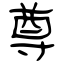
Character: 尊